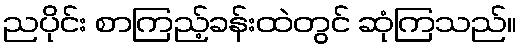
ညပိုင်း စာကြည့်ခန်းထဲတွင် ဆုံကြသည်။